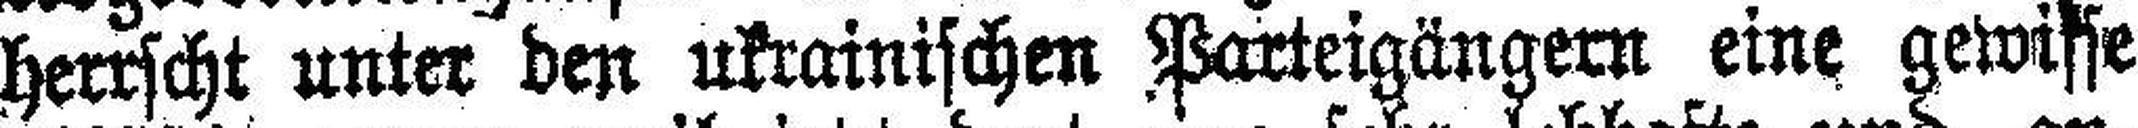
herrscht unter den ukrainischen Parteigängern eine gewisse